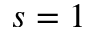
s = 1